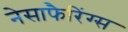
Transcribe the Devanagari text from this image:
नेसाफैरिंग्स